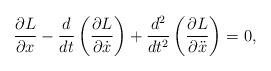
LaTeX: \begin{align*} \frac{\partial L}{\partial x}-\frac{d}{dt}\left( \frac{\partial L}{\partial \dot{x}}\right) + \frac{d^2}{dt^2}\left( \frac{\partial L}{\partial \ddot{x}}\right) = 0,\end{align*}